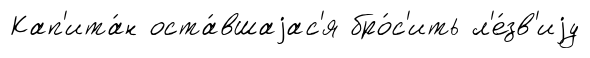
Кап'ита́н оста́вшаjас'я бро́с'ить л'е́зв'иjу